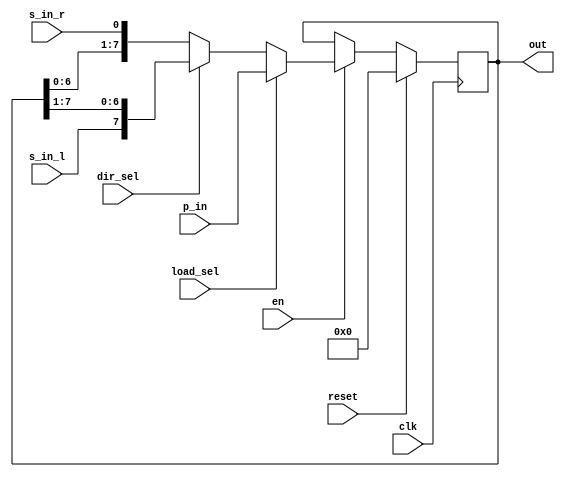
module register_shft #(parameter W=8) (clk,reset,en,load_sel,dir_sel,p_in,s_in_l,s_in_r,out);
	input clk, reset,en, load_sel, dir_sel, s_in_l, s_in_r;
	input [(W-1):0] p_in;
	output reg [(W-1):0] out;

	always @(posedge clk)
	begin
		if (reset)
			out <= 0;
		else if(en)
			if (load_sel)
				out <= p_in;
			else
				if (dir_sel)
					out <= {s_in_l,out[(W-1):1]};
				else
					out <= {out[(W-2):0],s_in_r};
		
	end

endmodule